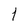
Character: 1